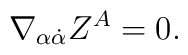
\nabla _{\alpha \dot \alpha }Z^A=0.